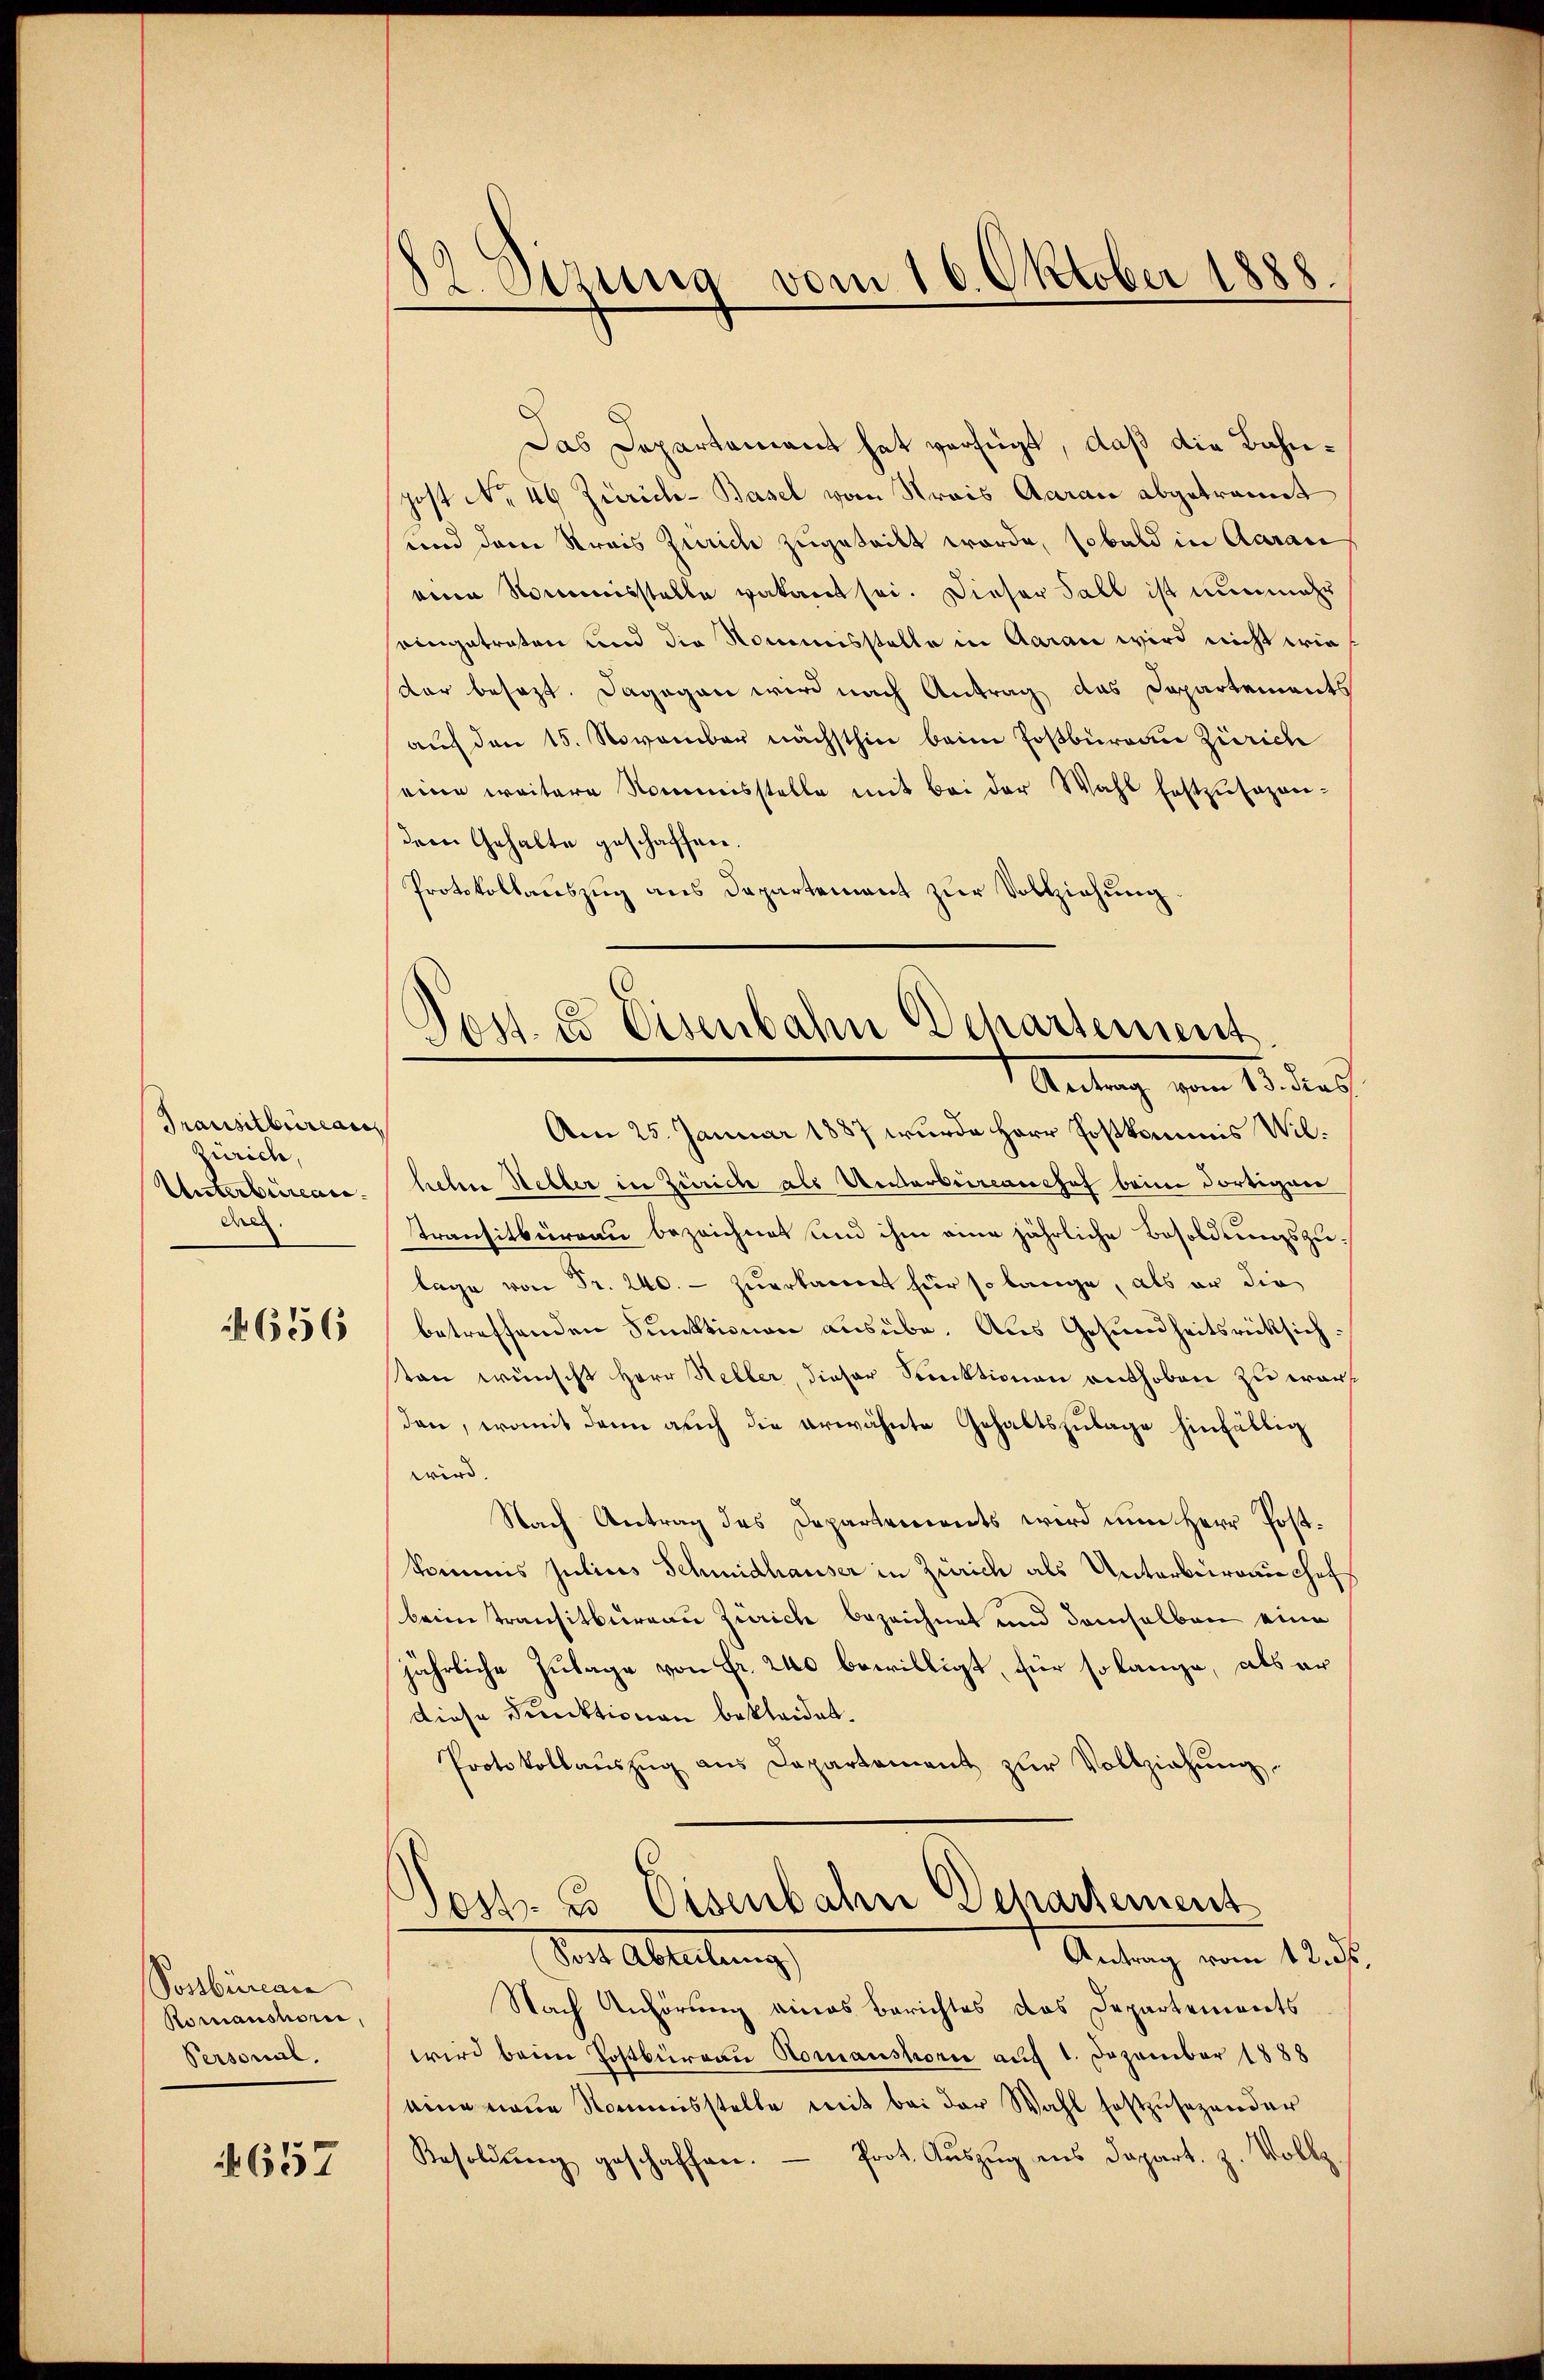
Transitbüreau
Zürich,
Unterbureau
Aeg

656

Possbüreau
Romanshorie,
Personal.

§ 657

2. Sezung vom 16. Oktober 1888.

Das Departement hat verfügt, daß die Bahnpost No. 46 Zürich-Basel vom Krais Aarau abgetrannt
und dem Krais Zürich zugetritt worde, sobald in Aarau
nin Nommisstelle vakant sei. Dieser Fall ist nunmehr
eingetreten und die Nommisstelle in Aarau wird nicht wiedar besezt. Dagegen wird nach Antrag das Departements
auf den 15. November nächsthin beim Postbüreau Zürich
seine weitere Nommisstelle mit bei der Wahl festzusagen-
dem Gehalte geschaffen.
Protokollauszug aus Departement zur Vollziehung

d
Jost es Eisenbahn Departement
Antrag von 15 des

Am 25. Januar 1887 wurde Herr Postkommis Wilhiebene Hebber in Zürich als Unterbranchef beim dortigen
transitbüreau bezeichnet und ihm eine jährliche Besoldungszulage von Fr. 240. - zuerkannt für so lange, als er die
betreffenden Funktionen ausübe. Aus Gesundheitsrücksichten wünscht Herr Heller dieser Sektionen enthoben zu wart
den, womit dann auch die erwähnte Gehaltszulage hinfällig
wird.
Nach Antrag des Departements wird nun Herr Postkommis Julius Schmidhauser in Zürich als Unterbranchef
beimtransitbüreau Zürich bezeichnet und demselben eine
d
jährliche Zulage von Fr. 240 bewilligt, für so lange, als er
diese Funktionen bekleidet.
Protokollaŭszŭg ans Departement zŭr Vollziehŭng
Jost 3 Eisenbahn Departement
Antrag vom 12. ds.
Der Ableitung
Nach Anhörung eines Berichtes das Departements
wird beim Postbüreau Romanshorn auf 1. Dezember 1888
eine neue Nommisstelle mit bei der Wahl festzusezender
Besoldŭng geschaffen. — Prot. Auszug aus Depart. z. Volks